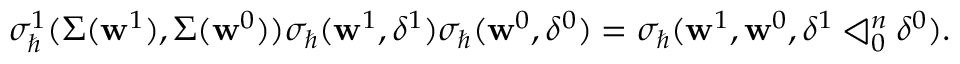
\begin{array} { r } { \sigma _ { \hbar } ^ { 1 } ( \Sigma ( \mathbf { w } ^ { 1 } ) , \Sigma ( \mathbf { w } ^ { 0 } ) ) \sigma _ { \hbar } ( \mathbf { w } ^ { 1 } , \delta ^ { 1 } ) \sigma _ { \hbar } ( \mathbf { w } ^ { 0 } , \delta ^ { 0 } ) = \sigma _ { \hbar } ( \mathbf { w } ^ { 1 } , \mathbf { w } ^ { 0 } , \delta ^ { 1 } \triangleleft _ { 0 } ^ { n } \delta ^ { 0 } ) . } \end{array}